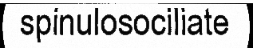
spinulosociliate